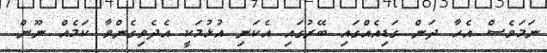
ނަމަވެސް އެހާ ދަން ގަޑިއެއްގައި ބޭރުގައި އެކަނި އުޅުމަކީ އެދެވިގެންވާ ކަމެއް ނޫން.